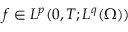
f \in L ^ { p } ( 0 , T ; L ^ { q } ( \Omega ) )